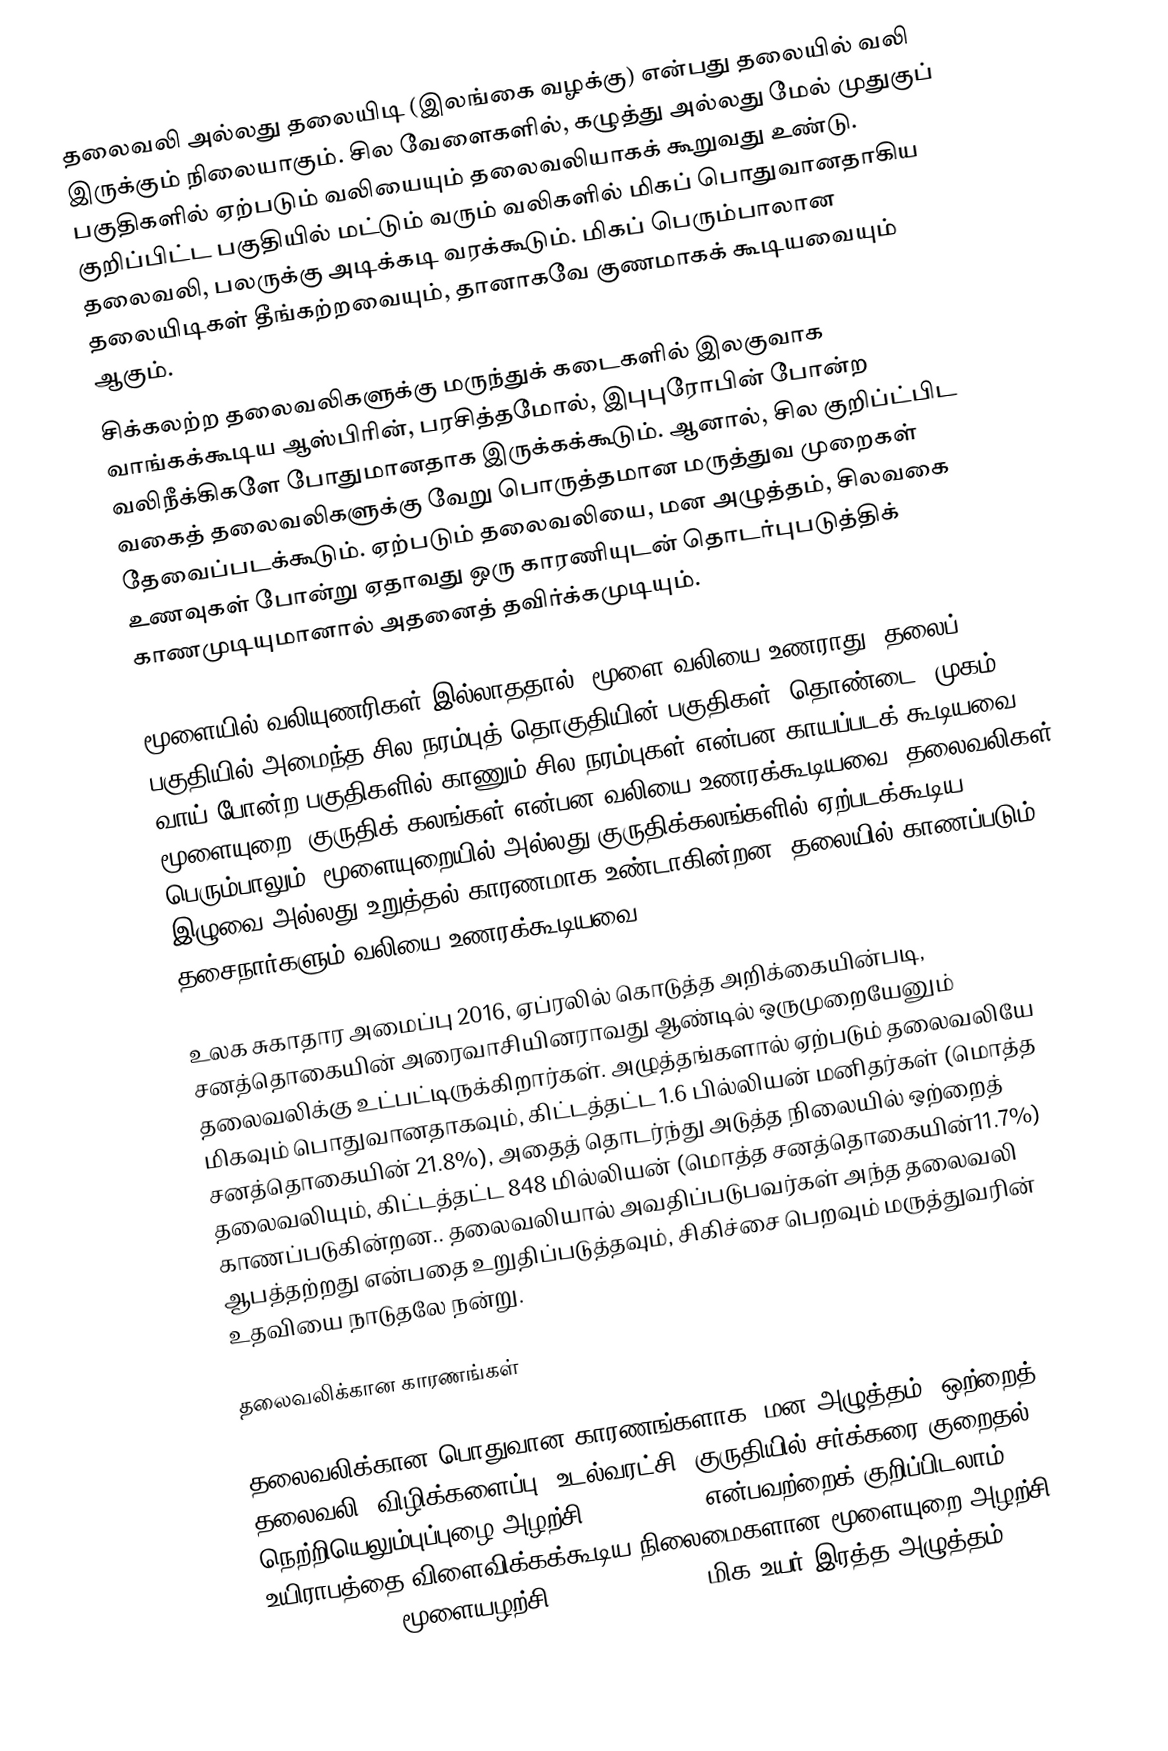
தலைவலி அல்லது தலையிடி (இலங்கை வழக்கு) என்பது தலையில் வலி இருக்கும் நிலையாகும். சில வேளைகளில், கழுத்து அல்லது மேல் முதுகுப் பகுதிகளில் ஏற்படும் வலியையும் தலைவலியாகக் கூறுவது உண்டு. குறிப்பிட்ட பகுதியில் மட்டும் வரும் வலிகளில் மிகப் பொதுவானதாகிய தலைவலி, பலருக்கு அடிக்கடி வரக்கூடும். மிகப் பெரும்பாலான தலையிடிகள் தீங்கற்றவையும், தானாகவே குணமாகக் கூடியவையும் ஆகும்.
சிக்கலற்ற தலைவலிகளுக்கு மருந்துக் கடைகளில் இலகுவாக வாங்கக்கூடிய ஆஸ்பிரின், பரசித்தமோல், இபுபுரோபின் போன்ற வலிநீக்கிகளே போதுமானதாக இருக்கக்கூடும். ஆனால், சில குறிப்ட்பிட வகைத் தலைவலிகளுக்கு வேறு பொருத்தமான மருத்துவ முறைகள் தேவைப்படக்கூடும். ஏற்படும் தலைவலியை, மன அழுத்தம், சிலவகை உணவுகள் போன்று ஏதாவது ஒரு காரணியுடன் தொடர்புபடுத்திக் காணமுடியுமானால் அதனைத் தவிர்க்கமுடியும்.

மூளையில் வலியுணரிகள் இல்லாததால், மூளை வலியை உணராது. தலைப் பகுதியில் அமைந்த சில நரம்புத் தொகுதியின் பகுதிகள், தொண்டை, முகம், வாய் போன்ற பகுதிகளில் காணும் சில நரம்புகள் என்பன காயப்படக் கூடியவை. மூளையுறை, குருதிக் கலங்கள் என்பன வலியை உணரக்கூடியவை. தலைவலிகள் பெரும்பாலும், மூளையுறையில் அல்லது குருதிக்கலங்களில் ஏற்படக்கூடிய இழுவை அல்லது உறுத்தல் காரணமாக உண்டாகின்றன. தலையில் காணப்படும் தசைநார்களும் வலியை உணரக்கூடியவை.

உலக சுகாதார அமைப்பு 2016, ஏப்ரலில் கொடுத்த அறிக்கையின்படி, சனத்தொகையின் அரைவாசியினராவது ஆண்டில் ஒருமுறையேனும் தலைவலிக்கு உட்பட்டிருக்கிறார்கள். அழுத்தங்களால் ஏற்படும் தலைவலியே மிகவும் பொதுவானதாகவும், கிட்டத்தட்ட 1.6 பில்லியன் மனிதர்கள் (மொத்த சனத்தொகையின் 21.8%), அதைத் தொடர்ந்து அடுத்த நிலையில் ஒற்றைத் தலைவலியும், கிட்டத்தட்ட  848 மில்லியன் (மொத்த சனத்தொகையின்11.7%) காணப்படுகின்றன.. தலைவலியால் அவதிப்படுபவர்கள் அந்த தலைவலி ஆபத்தற்றது என்பதை உறுதிப்படுத்தவும், சிகிச்சை பெறவும் மருத்துவரின் உதவியை நாடுதலே நன்று.

தலைவலிக்கான   காரணங்கள்

தலைவலிக்கான பொதுவான காரணங்களாக, மன அழுத்தம், ஒற்றைத் தலைவலி, விழிக்களைப்பு, உடல்வரட்சி, குருதியில் சர்க்கரை குறைதல், நெற்றியெலும்புப்புழை அழற்சி (sinusitis) என்பவற்றைக் குறிப்பிடலாம். உயிராபத்தை விளைவிக்கக்கூடிய நிலைமைகளான மூளையுறை அழற்சி (meningitis), மூளையழற்சி (encephalitis), மிக உயர் இரத்த அழுத்தம்